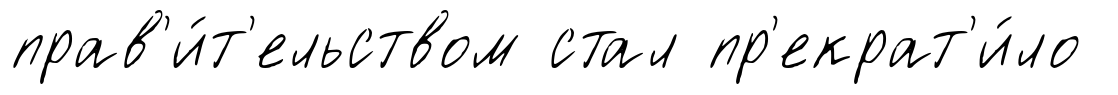
прав'и́т'ельством стал пр'екрат'и́ло